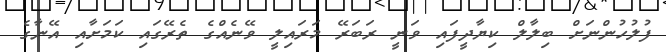
ފުލުހުންނަށް ބިލާލް ކިޔާދީފައި ވަނީ ރަބަރޭ މަރައިލީ ވޭނެއްގެ ތެރޭގައި ކަމަށާއި އޭނާގެ